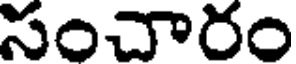
సంచారం